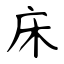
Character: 床